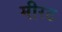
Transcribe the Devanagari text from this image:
मीरठ